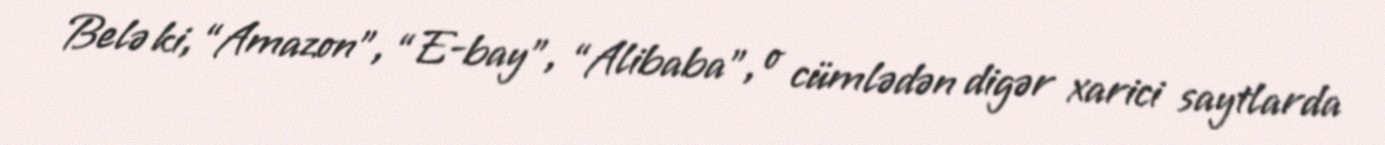
Belə ki, “Amazon”, “E-bay”, “Alibaba”, o cümlədən digər xarici saytlarda